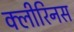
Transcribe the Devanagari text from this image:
क्लीरिनस